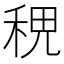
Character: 𥞷